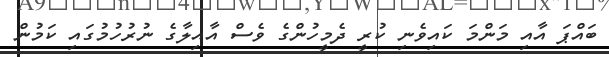
ބައްޕަ އާއި މަންމަ ކައިވެނި ކުރީ ދެމީހުންގެ ވެސް އާއިލާގެ ނުރުހުމުގައި ކަމުން